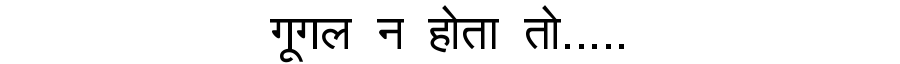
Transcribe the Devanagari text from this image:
गूगल न होता तो.....